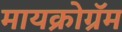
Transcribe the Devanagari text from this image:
मायक्रोग्रॅम